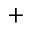
+